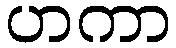
ဟကာ